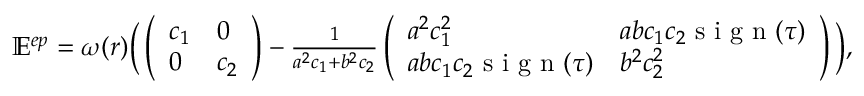
\begin{array} { r } { \mathbb E ^ { e p } = \omega ( r ) \Big ( \left( \begin{array} { l l } { c _ { 1 } } & { 0 } \\ { 0 } & { c _ { 2 } } \end{array} \right) - \frac { 1 } { a ^ { 2 } c _ { 1 } + b ^ { 2 } c _ { 2 } } \left( \begin{array} { l l } { a ^ { 2 } c _ { 1 } ^ { 2 } } & { a b c _ { 1 } c _ { 2 } \mathrm { ~ s ~ i ~ g ~ n ~ } ( \tau ) } \\ { a b c _ { 1 } c _ { 2 } \mathrm { ~ s ~ i ~ g ~ n ~ } ( \tau ) } & { b ^ { 2 } c _ { 2 } ^ { 2 } } \end{array} \right) \Big ) , } \end{array}